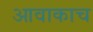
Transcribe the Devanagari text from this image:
आवाकाच